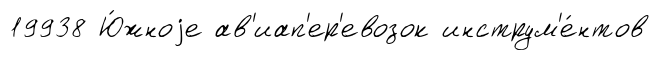
19938 Ю́жноjе ав'иап'ер'евозок инструм'е́нтов